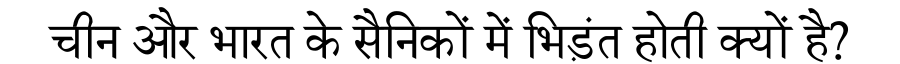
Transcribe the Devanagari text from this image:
चीन और भारत के सैनिकों में भिड़ंत होती क्यों है?